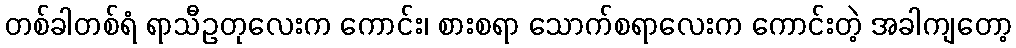
တစ်ခါတစ်ရံ ရာသီဥတုလေးက ကောင်း၊ စားစရာ သောက်စရာလေးက ကောင်းတဲ့ အခါကျတော့